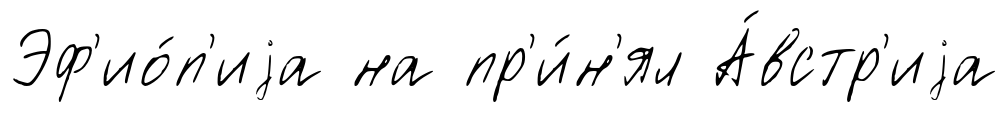
Эф'ио́п'иjа на пр'и́н'ял А́встр'иjа